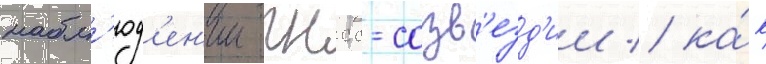
набл'юд'ен'ии гнсс-созв'езд'ии / ка́к